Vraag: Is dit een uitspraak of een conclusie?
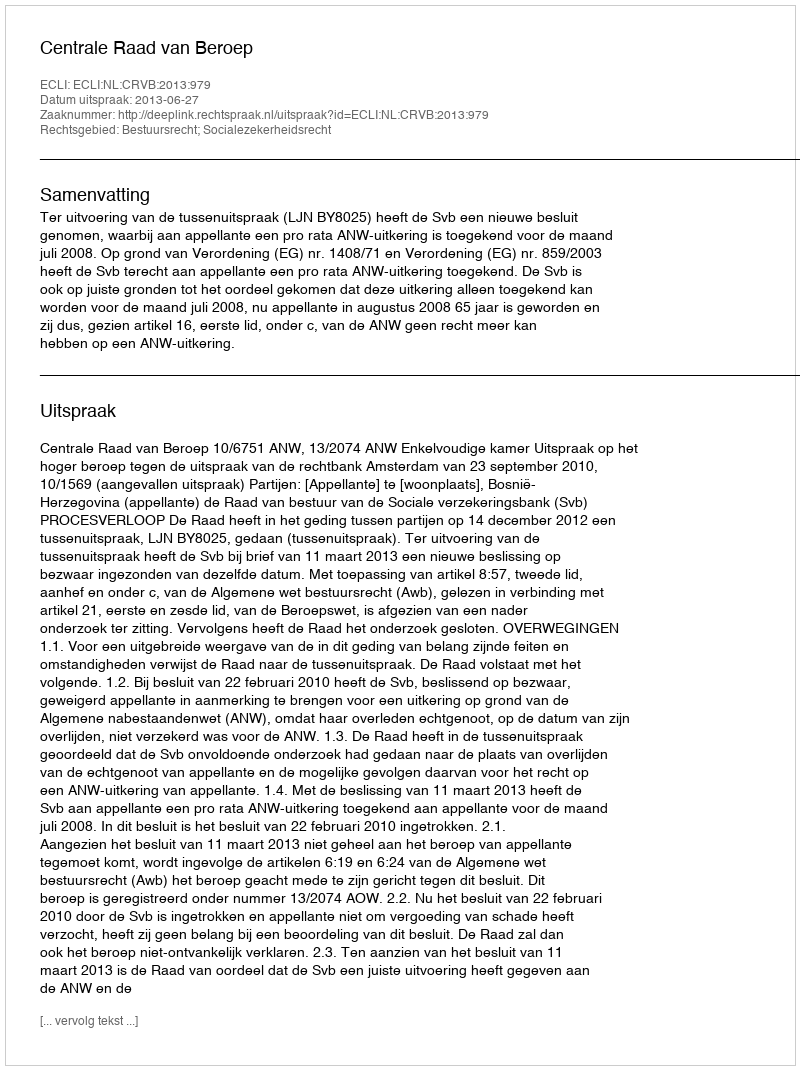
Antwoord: Uitspraak